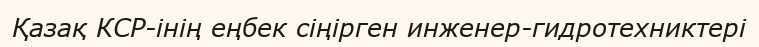
Қазақ КСР-інің еңбек сіңірген инженер-гидротехниктері